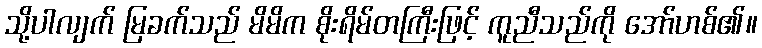
သို့ပါလျက် မြခက်သည် မိမိက စိုးရိမ်တကြီးဖြင့် ကူညီသည်ကို အော်ဟစ်၏။